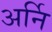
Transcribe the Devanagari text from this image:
अर्नि